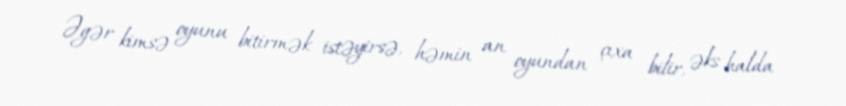
Əgər kimsə oyunu bitirmək istəyirsə, həmin an oyundan çıxa bilir, əks halda